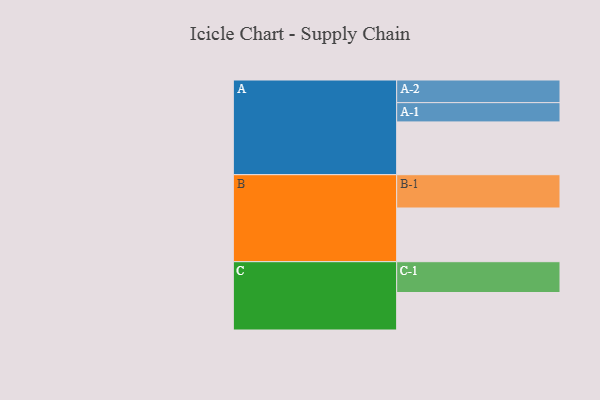
{"axis": {"x": "Segment", "y": "Value"}, "legend": ["", "A", "B", "C"], "data": [{"x": "A", "y": 466, "type": ""}, {"x": "B", "y": 474, "type": ""}, {"x": "C", "y": 331, "type": ""}, {"x": "A-1", "y": 170, "type": "A"}, {"x": "A-2", "y": 200, "type": "A"}, {"x": "B-1", "y": 294, "type": "B"}, {"x": "C-1", "y": 272, "type": "C"}]}